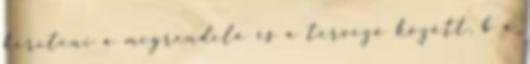
keríteni a megrendelõ és a tervezõ között, b a